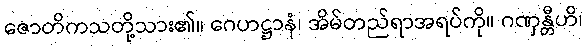
ဇောတိကသတို့သား၏။ ဂေဟဋ္ဌာနံ၊ အိမ်တည်ရာအရပ်ကို။ ဂဏှန္တီဟိ၊